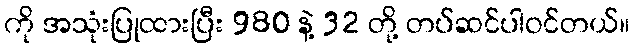
ကို အသုံးပြုထားပြီး 980 နဲ့ 32 တို့ တပ်ဆင်ပါဝင်တယ်။